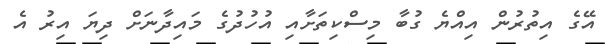
އޭގެ އިތުރުން އިއްޔެ ގުބާ މިސްކިތަށާއި އުހުދުގެ މައިދާނަށް ދިޔަ އިރު އެ